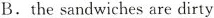
B.the sandwiches are dirty